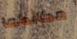
مكانكما